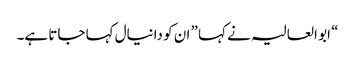
“ ابو العالیہ نے کہا ” ان کو دانیال کہا جاتا ہے۔